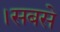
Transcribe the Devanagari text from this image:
।सबसे